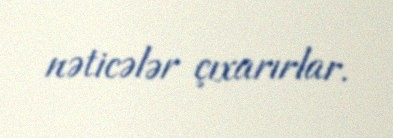
nəticələr çıxarırlar.